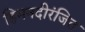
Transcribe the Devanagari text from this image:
हिमनदीरंजित